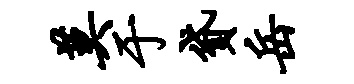
莫于贷岳